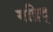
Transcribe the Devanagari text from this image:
मद्रिद्